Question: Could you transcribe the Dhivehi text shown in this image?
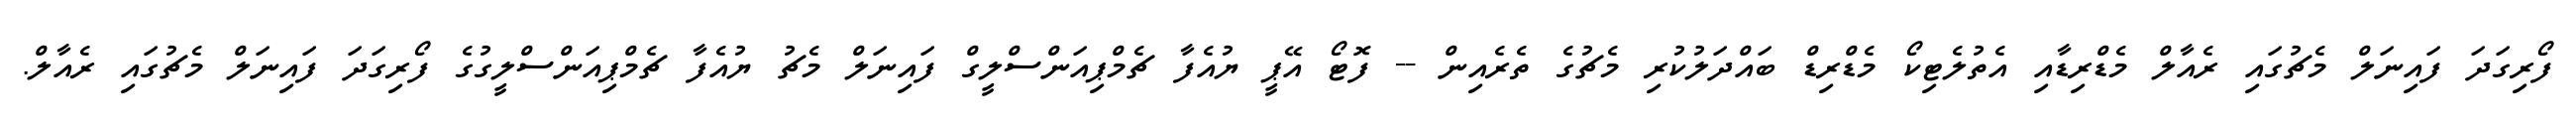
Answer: ފޯރިގަދަ ފައިނަލް މެޗުގައި ރެއާލް މެޑްރިޑާއި އެތުލެޓިކޯ މެޑްރިޑް ބައްދަލުކުރި މެޗުގެ ތެރެއިން -- ފޮޓޯ އޭޕީ ޔުއެފާ ޗެމްޕިއަންސްލީގް ފައިނަލް މެޗު ޔުއެފާ ޗެމްޕިއަންސްލީގުގެ ފޯރިގަދަ ފައިނަލް މެޗުގައި ރެއާލް.